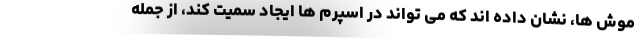
موش ها، نشان داده اند که می تواند در اسپرم ها ایجاد سمیت کند، از جمله